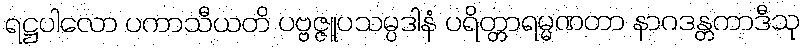
ရဋ္ဌပါလော ပကာသီယတိ ပဗ္ဗဇ္ဇူပသမ္ပဒါနံ ပရိတ္တာရမ္မဏတာ နာဂဒန္တကာဒီသု